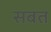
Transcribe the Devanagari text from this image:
सबत